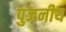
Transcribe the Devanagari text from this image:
पुजनीय